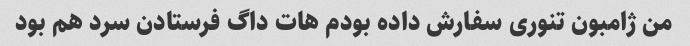
من ژامبون تنوری سفارش داده بودم هات داگ فرستادن سرد هم بود